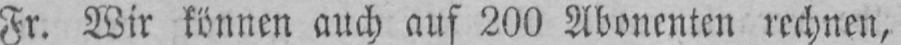
Fr. Wir können auch aus 200 Abonenten rechnen,